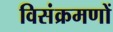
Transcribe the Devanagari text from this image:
विसंक्रमणों